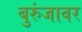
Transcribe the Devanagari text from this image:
बुरुंजावर